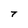
Character: T